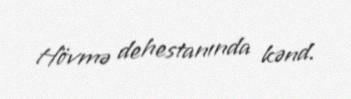
Hövmə dehestanında kənd.